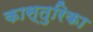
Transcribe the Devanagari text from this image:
कास्तुरिका